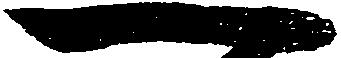
一